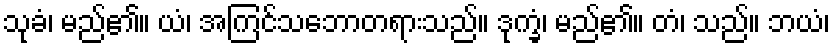
သုခံ၊ မည်၏။ ယံ၊ အကြင်သဘောတရားသည်။ ဒုက္ခံ၊ မည်၏။ တံ၊ သည်။ ဘယံ၊